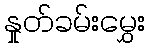
နှုတ်ခမ်းမွှေး